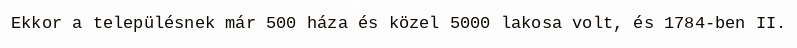
Ekkor a településnek már 500 háza és közel 5000 lakosa volt, és 1784-ben II.